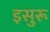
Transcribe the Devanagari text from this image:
इसुरू